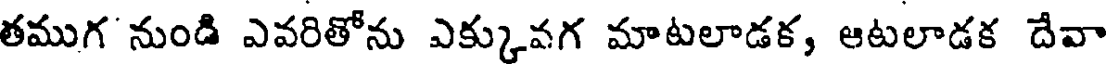
తముగ నుండి ఎవరితోను ఎక్కువగ మాటలాడక, ఆటలాడక దేవా